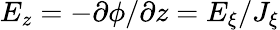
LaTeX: E_{z}=-\partial\phi/\partial z=E_{\xi}/J_{\xi}